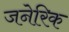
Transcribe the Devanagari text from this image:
जनेरिक